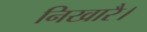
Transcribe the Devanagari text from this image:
निखारै।